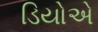
ડિયોએ